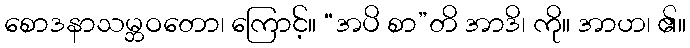
စောဒနာသမ္ဘဝတော၊ ကြောင့်။ “အပိ စာ”တိ အာဒိ၊ ကို။ အာဟ၊ ၏။